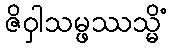
ဇိဝှါသမ္ဖဿသ္မိံ